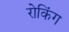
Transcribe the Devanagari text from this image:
रोकिंग